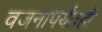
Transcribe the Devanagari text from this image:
वजनापर्यंतही